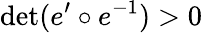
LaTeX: \operatorname*{det}(e^{\prime}\circ e^{-1})>0